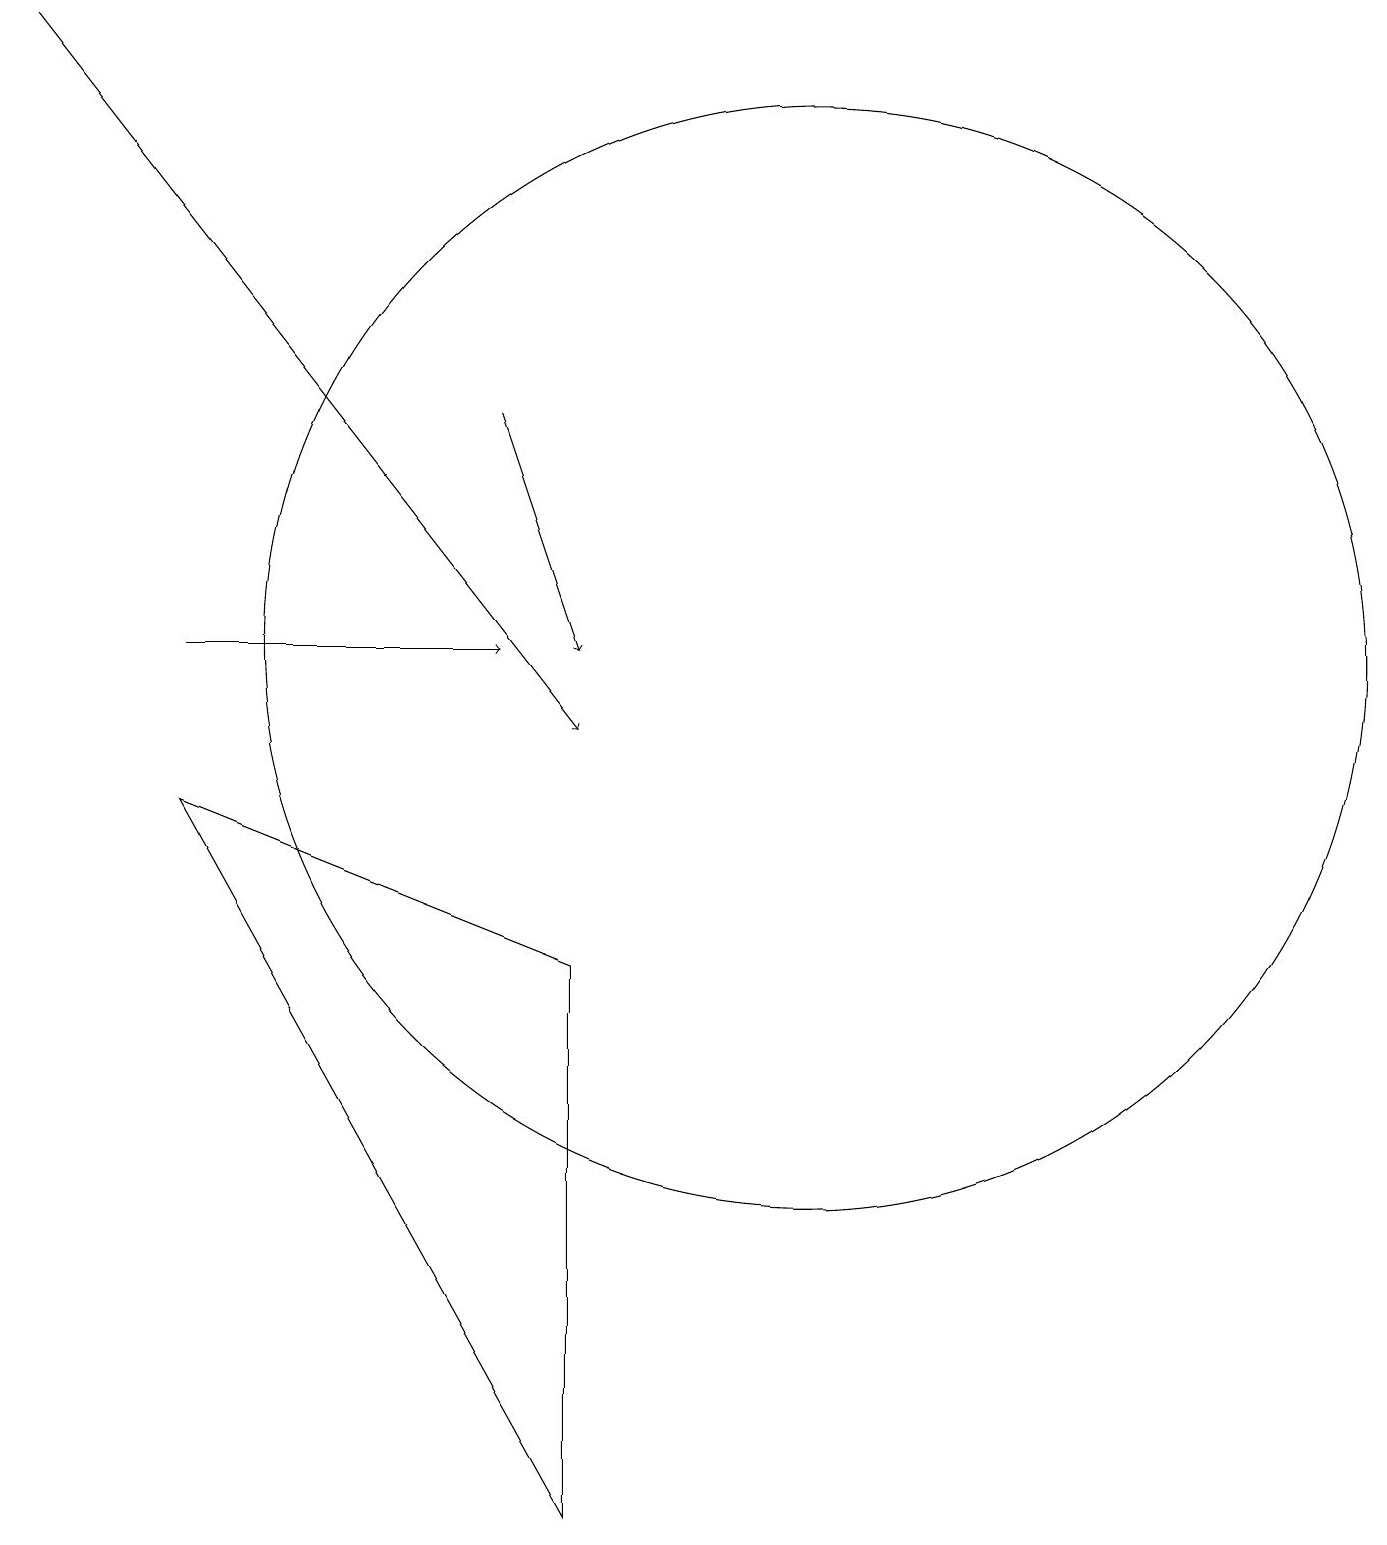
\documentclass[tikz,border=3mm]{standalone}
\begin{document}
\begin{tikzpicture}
\draw[->] (3,11) -- (7,11);
\draw[->] (7,14) -- (8,11);
\draw[->] (1,19) -- (8,10);
\draw (8,0) -- (3,9) -- (8,7) -- cycle;
\draw (11,11) circle (7);
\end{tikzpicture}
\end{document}